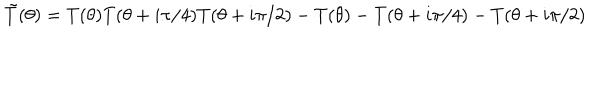
LaTeX: \tilde { T } ( \theta ) = T ( \theta ) T ( \theta + i \pi / 4 ) T ( \theta + i \pi / 2 ) - T ( \theta ) - T ( \theta + i \pi / 4 ) - T ( \theta + i \pi / 2 )